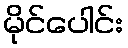
မိုင်ပေါင်း